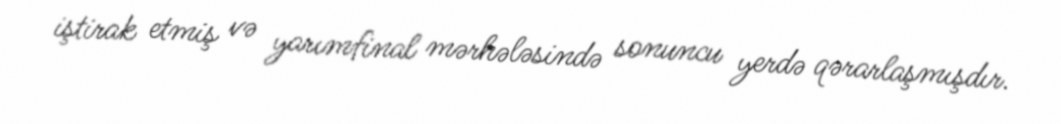
iştirak etmiş və yarımfinal mərhələsində sonuncu yerdə qərarlaşmışdır.